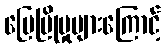
မြေပြိုမှုများကြောင့်